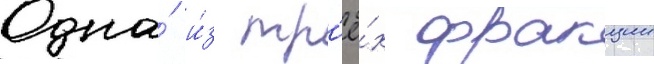
Одна́ и́з тр'ё́х фракции